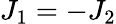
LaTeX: J_{1}=-J_{2}